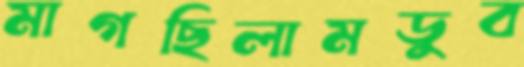
মাগছিলামডুব